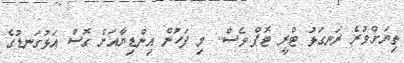
ތިޔަށްވުރެ ރަނގަޅު ޓްރީ ޓޮޕް ވެސް.. މި ފަހުން އިންޑިޔާއަށް ގޮސް އަޅުގަނޑުގެ